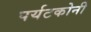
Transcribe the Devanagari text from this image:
पर्यटकोनी